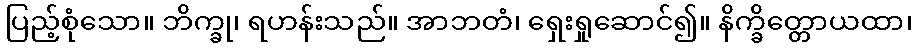
ပြည့်စုံသော။ ဘိက္ခု၊ ရဟန်းသည်။ အာဘတံ၊ ရှေးရှုဆောင်၍။ နိက္ခိတ္တောယထာ၊